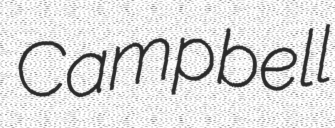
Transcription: Campbell